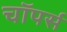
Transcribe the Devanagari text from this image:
चाॅपर्स